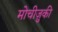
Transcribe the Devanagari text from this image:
मोचीज़ुकी